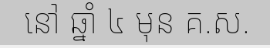
នៅ ឆ្នាំ ៤ មុន គ.ស.